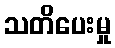
သတိပေးမှု